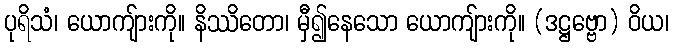
ပုရိသံ၊ ယောကျ်ားကို။ နိဿိတော၊ မှီ၍နေသော ယောကျ်ားကို။ (ဒဋ္ဌဗ္ဗော) ဝိယ၊